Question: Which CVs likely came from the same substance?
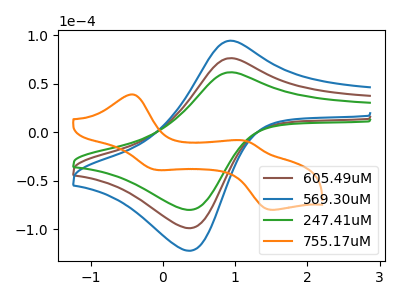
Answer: <think>The brown curve "605.49uM" has an anodic peak at (0.95V, 76.20uA) and a cathodic peak at (0.40V, -98.75uA). The blue curve "569.30uM" has an anodic peak at (0.95V, 152.35uA) and a cathodic peak at (0.40V, -197.50uA). The green curve "247.41uM" has an anodic peak at (0.95V, 61.70uA) and a cathodic peak at (0.40V, -79.95uA). The orange curve "755.17uM" has anodic peaks at (-0.40V, 38.70uA) (1.15V, -8.95uA) and cathodic peaks at (-0.10V, -38.80uA) (1.50V, -79.85uA).
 All the peaks in "605.49uM" have a peak in "569.30uM" at the same potential. Every peak in "605.49uM" is lower than every peak in "569.30uM". All the peaks in "605.49uM" have a peak in "247.41uM" at the same potential. Every peak in "605.49uM" is higher than every peak in "247.41uM". "605.49uM" and "755.17uM" have a different number of peaks. All the peaks in "569.30uM" have a peak in "247.41uM" at the same potential. Every peak in "569.30uM" is higher than every peak in "247.41uM". "569.30uM" and "755.17uM" have a different number of peaks. "247.41uM" and "755.17uM" have a different number of peaks.</think>
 <answer>"247.41uM", "605.49uM" and "569.30uM" have the same shape and are likely CV's of the same chemical.</answer>
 <eval>"247.41uM" "605.49uM" "569.30uM"</eval>